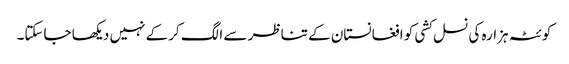
کوئٹہ ہزارہ کی نسل کشی کو افغانستان کے تناظر سے الگ کرکے نہیں دیکھا جاسکتا۔